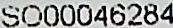
SO00046284